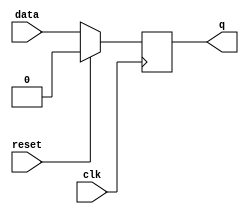
module synchronous_design_element (
    input wire clk,
    input wire reset,
    input wire data,
    output reg q
);

always @ (posedge clk) begin
    if (reset) begin
        q <= 1'b0; // reset the output
    end
    else begin
        q <= data; // update the output with new data value
    end
end

endmodule